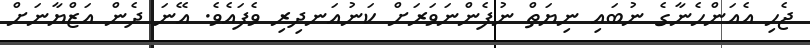
ޖެހި އެއަންހެނާގެ ނުބައި ނިޔަތް ނުފެންނަވަރަށް ކަނުއަނދިރި ވެފައެވެ. އޭނަ ދެން އަޒްޔާނަށް